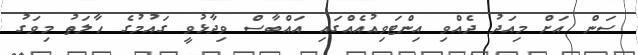
ސަން އަށް މިއަދު ދެއްވި އިންޓަވިއުއެއްގައި އައްބާސް ވިދާޅުވީ ގައުމުގެ ހާލަތު މިވަގު